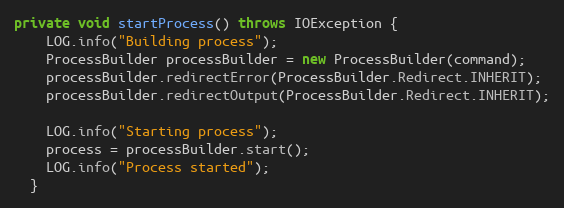
Language: Java
private void startProcess() throws IOException {
    LOG.info("Building process");
    ProcessBuilder processBuilder = new ProcessBuilder(command);
    processBuilder.redirectError(ProcessBuilder.Redirect.INHERIT);
    processBuilder.redirectOutput(ProcessBuilder.Redirect.INHERIT);

    LOG.info("Starting process");
    process = processBuilder.start();
    LOG.info("Process started");
  }